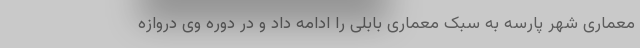
معماری شهر پارسه به سبک معماری بابلی را ادامه داد و در دوره وی دروازه